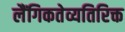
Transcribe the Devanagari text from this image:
लैंगिकतेव्यतिरिक्त